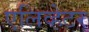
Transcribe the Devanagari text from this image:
एलिव्हेटर